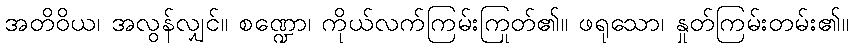
အတိဝိယ၊ အလွန်လျှင်။ စဏ္ဍော၊ ကိုယ်လက်ကြမ်းကြုတ်၏။ ဖရုသော၊ နှုတ်ကြမ်းတမ်း၏။